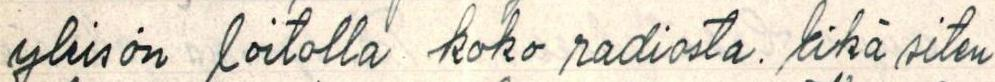
yleisön loitolla koko radiosta. Eikä siten